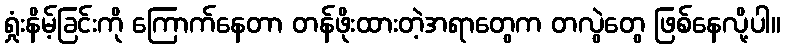
ရှုံးနိမ့်ခြင်းကို ကြောက်နေတာ တန်ဖိုးထားတဲ့အရာတွေက တလွဲတွေ ဖြစ်နေလို့ပါ။